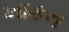
ખાકન